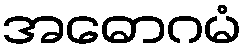
အဓောဂမံ